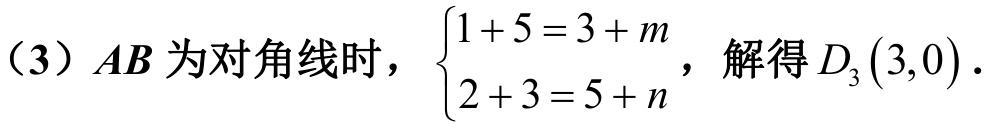
（3）$AB$为对角线时，$\begin{cases}1 + 5 = 3 + m\\2 + 3 = 5 + n\end{cases}$，解得$D_3(3,0)$．